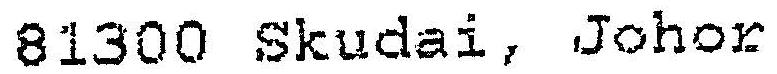
81300 SKUDAI, JOHOR